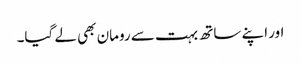
اور اپنے ساتھ بہت سے رومان بھی لے گیا۔